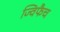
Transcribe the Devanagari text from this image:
ज्विफैच